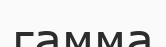
гамма